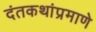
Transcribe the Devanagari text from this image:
दंतकथांप्रमाणे